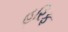
હરિફ